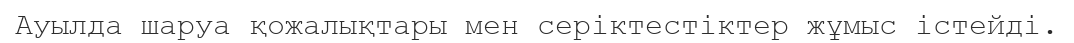
Ауылда шаруа қожалықтары мен серіктестіктер жұмыс істейді.